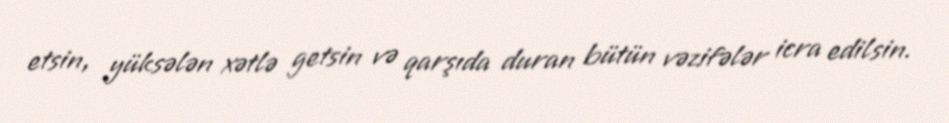
etsin, yüksələn xətlə getsin və qarşıda duran bütün vəzifələr icra edilsin.